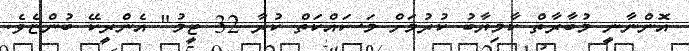
އޮންނާނީ މުބާރާތް ކާމިޔާބު ކުރުމަށް މަސައްކަތް ކުރާ 32 ޓީމު" އެންރީކޭ ބުންޏެވެ.